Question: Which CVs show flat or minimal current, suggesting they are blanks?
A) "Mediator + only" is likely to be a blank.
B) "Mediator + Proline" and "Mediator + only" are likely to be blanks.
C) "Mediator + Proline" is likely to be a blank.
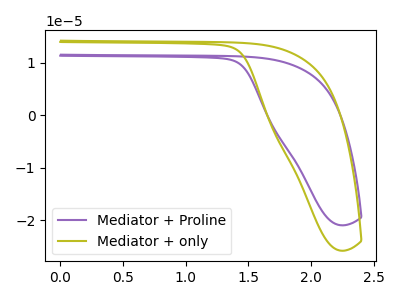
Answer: <think>The purple curve "Mediator + Proline" has no peaks. The olive curve "Mediator + only" has no peaks.</think>
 <answer>B) "Mediator + Proline" and "Mediator + only" are likely to be blanks.</answer>
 <eval>B</eval>